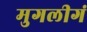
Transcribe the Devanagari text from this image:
मुगलीगं